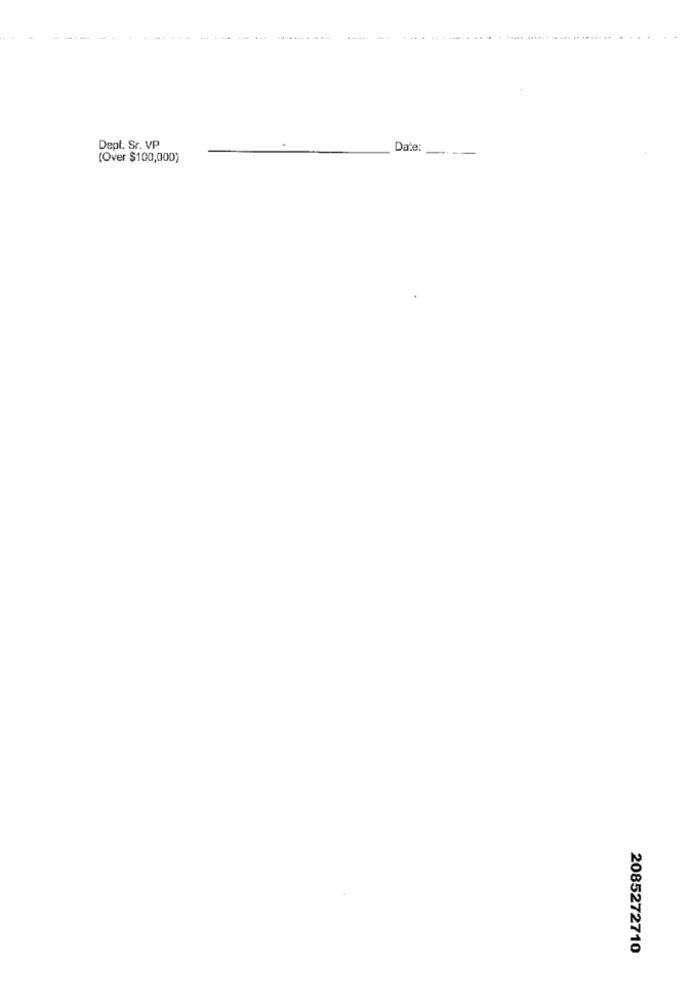
.... ......
Dept. Sr. VP
Date:
(Over $100,000)
2085272710